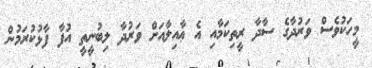
މީހަކުވެސް ވަރުދާގެ ސާދާ ރީތިކަމާއި އެ ޢާއިލާއަށް ވަރުދާ ލިބުނީތީ އުފާ ފާޅުކުރަމުން